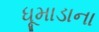
ધૂમાડાના